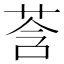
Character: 莟